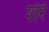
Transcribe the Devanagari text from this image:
शेरेे